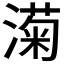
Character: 𬈵